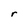
Character: r